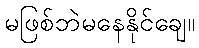
မဖြစ်ဘဲမနေနိုင်ချေ။